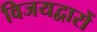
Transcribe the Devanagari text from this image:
विजयद्वारों